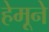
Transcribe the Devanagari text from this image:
हेमूने